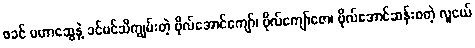
ဖခင် မဟာဆွေနဲ့ ခင်မင်သိကျွမ်းတဲ့ ဗိုလ်အောင်ကျော်၊ ဗိုလ်ကျော်ဇော၊ ဗိုလ်အောင်ဆန်းစတဲ့ လူငယ်